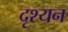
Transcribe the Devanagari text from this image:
दृश्यन